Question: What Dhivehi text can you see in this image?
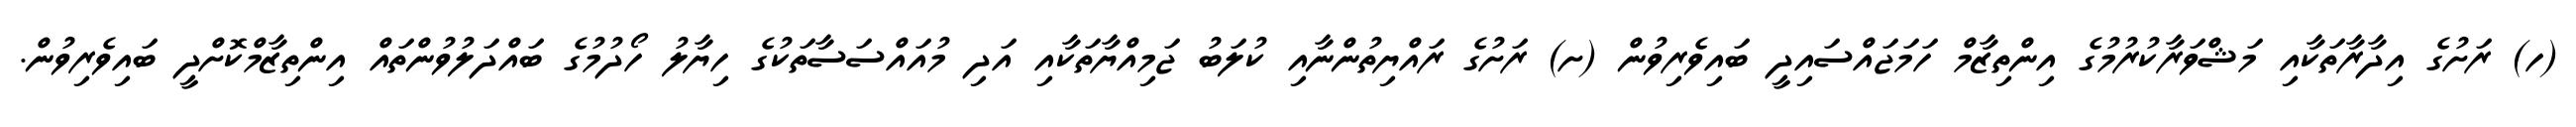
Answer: (ހ) ރަށުގެ އިދާރާތަކާއި މަޝްވަރާކުރުމުގެ އިންތިޒާމް ހަމަޖައްސައިދީ ބައިވެރިވުން (ށ) ރަށުގެ ރައްޔިތުންނާއި ކުލަބު ޖަމިއްޔާތަކާއި އަދި މުއައްސަސާތަކުގެ ހިޔާލު ހޯދުމުގެ ބައްދަލުވުންތައް އިންތިޒާމްކޮށްދީ ބައިވެރިވުން.